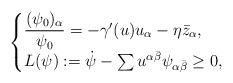
LaTeX: \begin{align*} \begin{cases} \dfrac{(\psi_0)_{\alpha}}{\psi_0}=-\gamma'(u) u_{\alpha}-\eta\bar{z}_{\alpha},\\ L(\psi):=\dot{\psi}-\sum u^{\alpha\bar{\beta}}\psi_{\alpha\bar{\beta}}\geq 0, \end{cases} \end{align*}